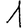
Digit: 1